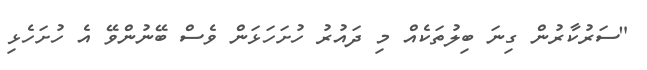
"ސަރުކާރުން ގިނަ ބިލުތަކެއް މި ދައުރު ހުށަހަޅަން ވެސް ބޭނުންވޭ އެ ހުށަހެޅި